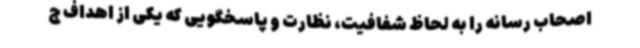
اصحاب رسانه را به لحاظ شفافیت، نظارت و پاسخگویی که یکی از اهداف ج